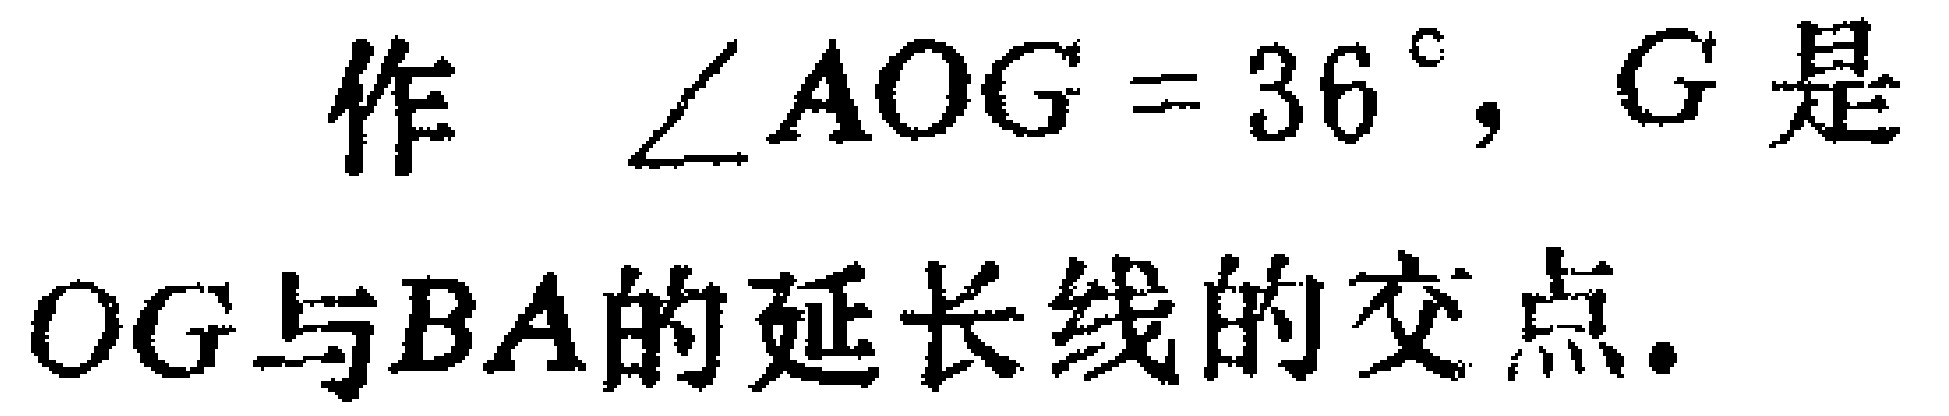
作 $\angle AOG = 36^{\circ}$，$G$ 是 $OG$ 与 $BA$ 的延长线的交点.